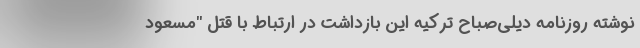
نوشته روزنامه دیلی‌صباح ترکیه این بازداشت در ارتباط با قتل "مسعود